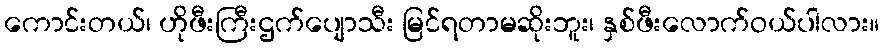
ကောင်းတယ်၊ ဟိုဖီးကြီးဌက်ပျောသီး မြင်ရတာမဆိုးဘူး၊ နှစ်ဖီးလောက်ဝယ်ပါလား။